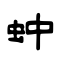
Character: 蚛